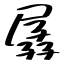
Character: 孱